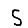
Digit: 5